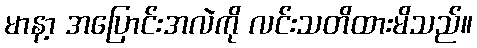
မာနာ့ အပြောင်းအလဲကို လင်းသတိထားမိသည်။